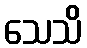
သေသိ